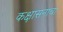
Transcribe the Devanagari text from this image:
कक्षासनाचा